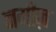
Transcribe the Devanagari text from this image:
नमीज़